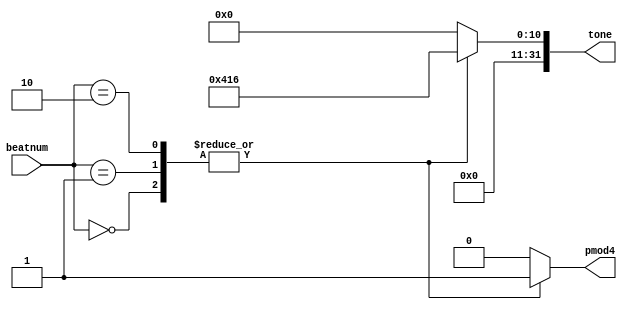
`timescale 1ns / 1ps
//////////////////////////////////////////////////////////////////////////////////
// Company: 
// Engineer: 
// 
// Design Name: 
// Module Name: start_beat
// Project Name: 
// Target Devices: 
// Tool Versions: 
// Description: 
// 
// Dependencies: 
// 
// Revision:
// Revision 0.01 - File Created
// Additional Comments:
// 
//////////////////////////////////////////////////////////////////////////////////


module start_beat(beatnum, tone, pmod4);
input [7:0] beatnum;
output reg [31:0] tone;
output reg pmod4;

always@(*) begin
    case(beatnum)
        8'd0 : tone = 32'd523 << 1;
        8'd1 : tone = 32'd523 << 1;
        8'd2 : tone = 32'd523 << 1;
        //8'd3 : tone = 32'd262;
        default: tone = 32'd0;
    endcase
end

always@(*) begin
    case(beatnum)
        8'd0 : pmod4 = 1'b1;
        8'd1 : pmod4 = 1'b1;
        8'd2 : pmod4 = 1'b1;
        //8'd3 : pmod4 = 1'b1;
        default: pmod4 = 1'b0;
    endcase
end

endmodule